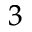
^ 3